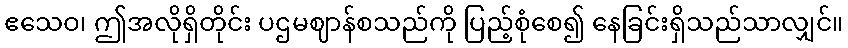
ဧသေဝ၊ ဤအလိုရှိတိုင်း ပဌမဈာန်စသည်ကို ပြည့်စုံစေ၍ နေခြင်းရှိသည်သာလျှင်။